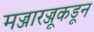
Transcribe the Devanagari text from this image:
मज्जारज्जूकडून